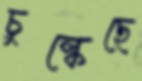
চুল্‌কেছে